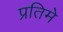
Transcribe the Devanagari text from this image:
प्रतिमे